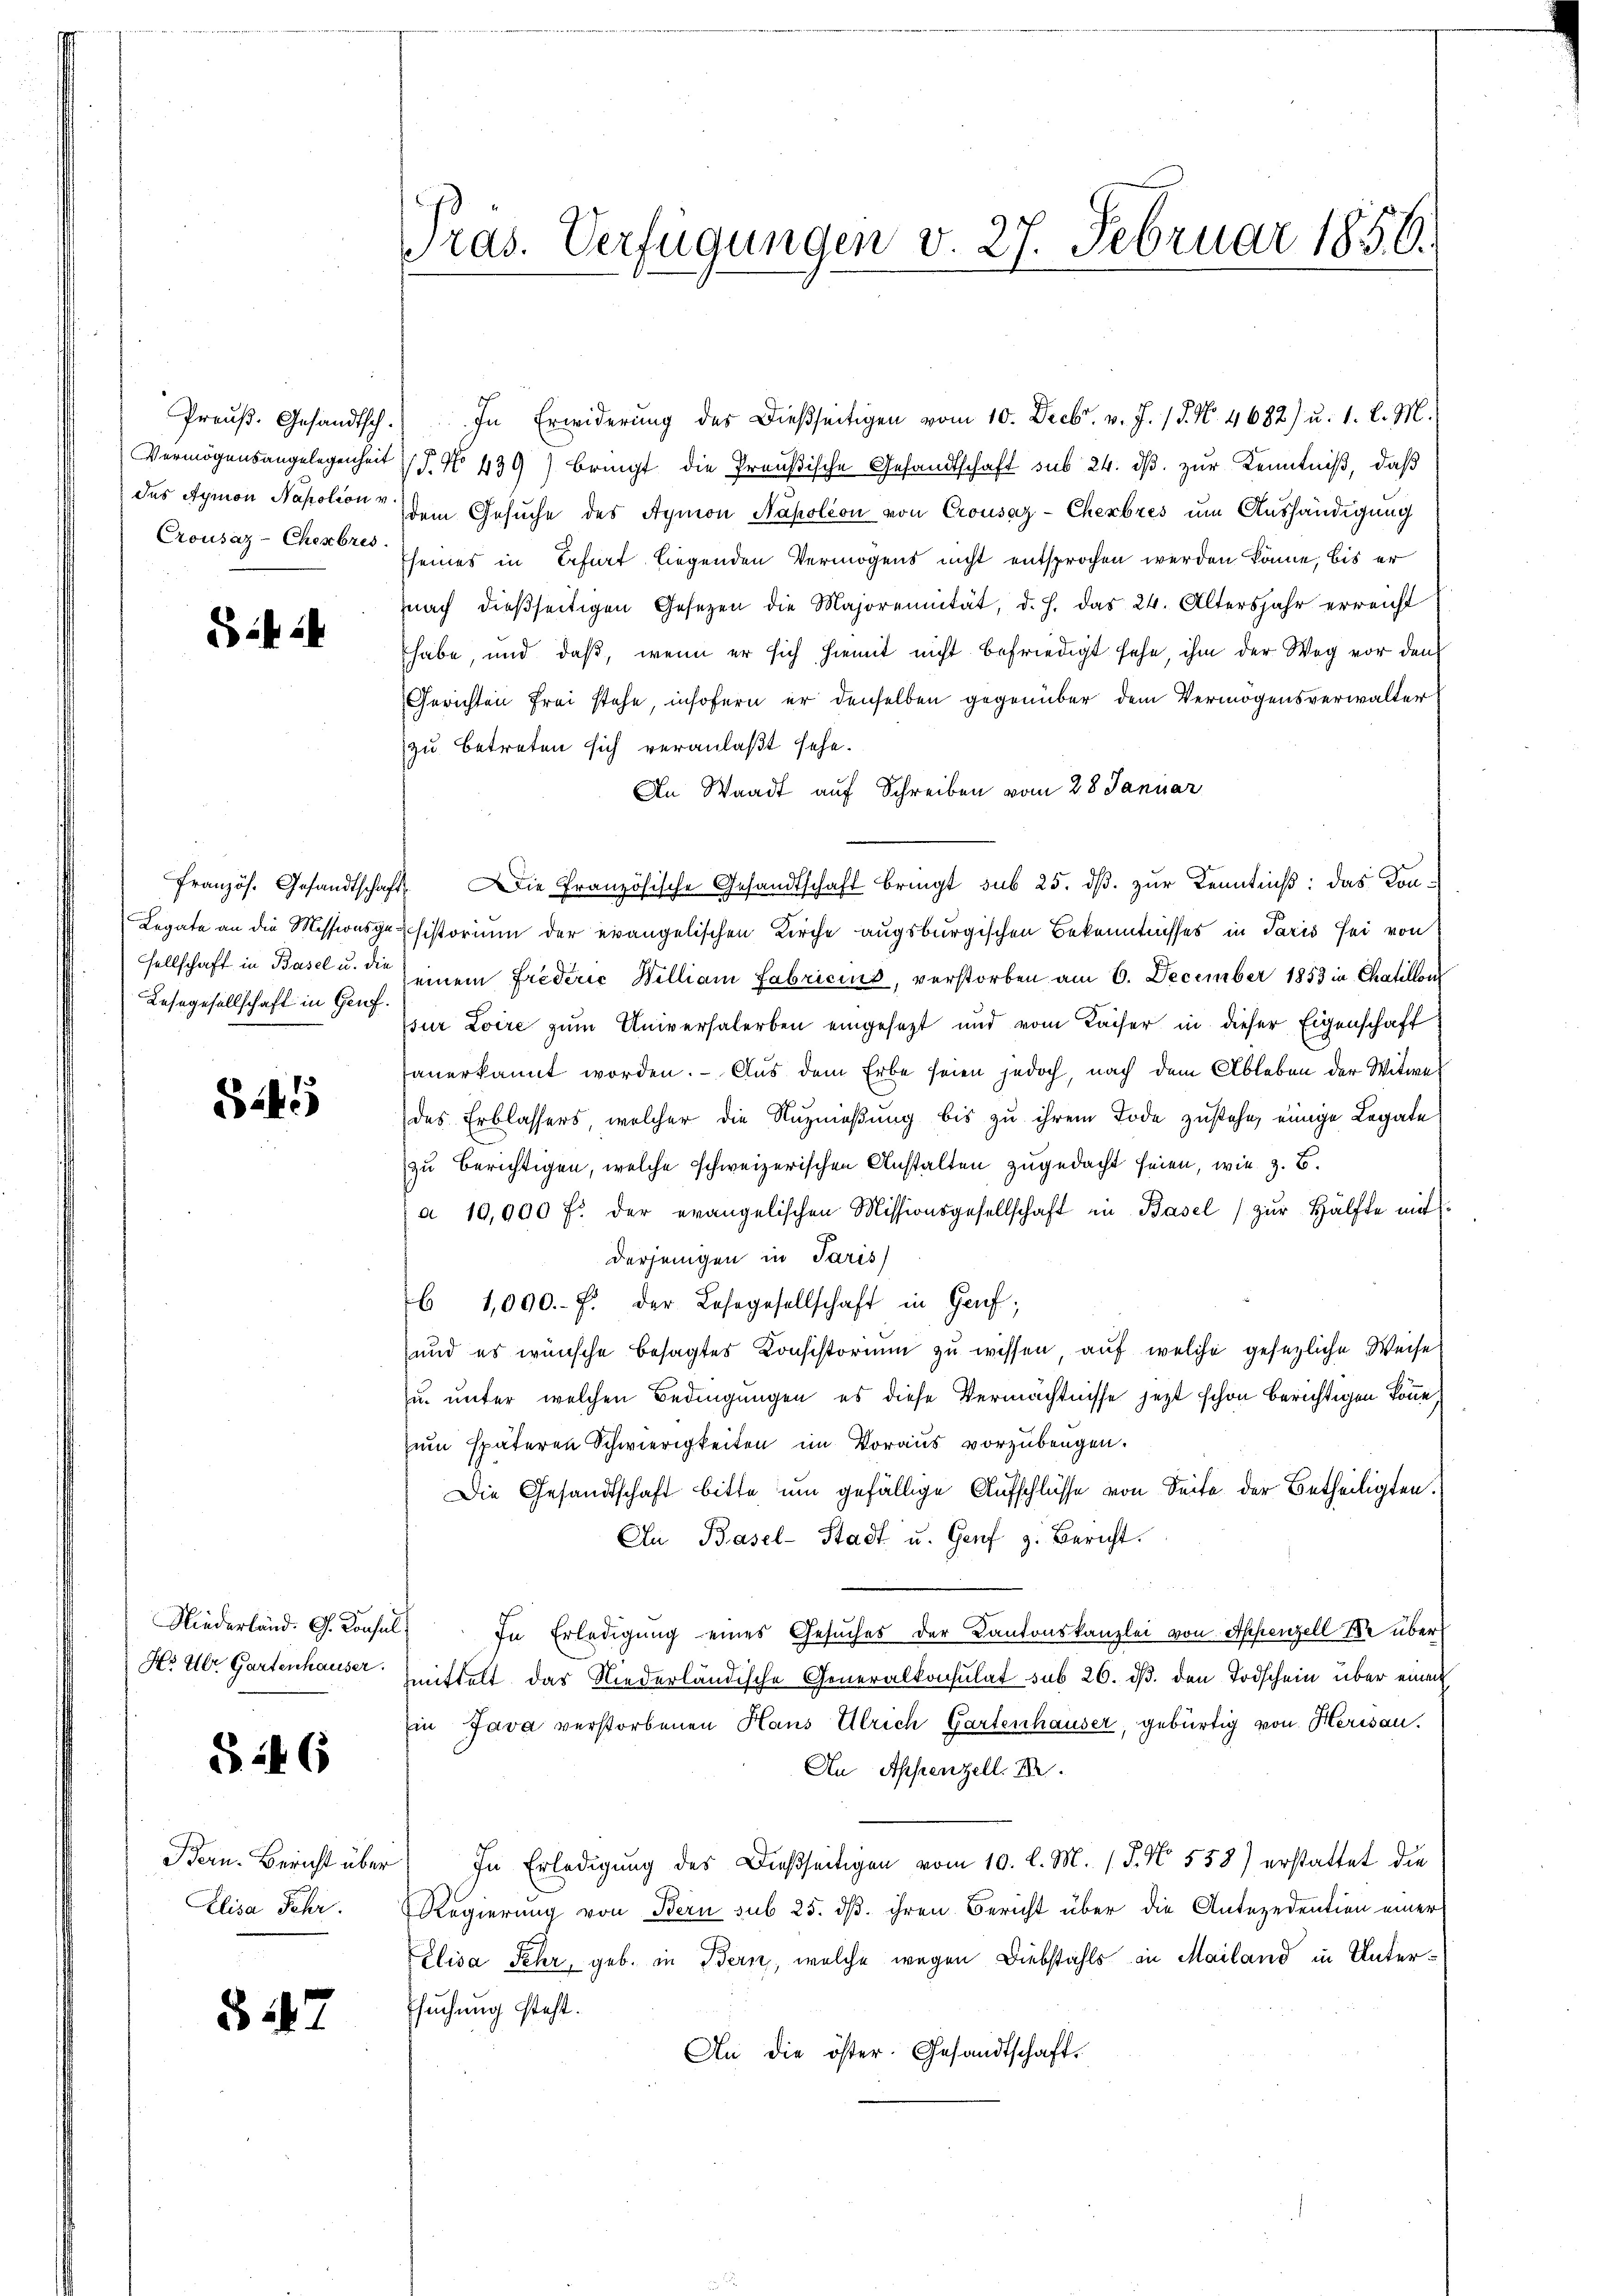
S.424

Lestgesellschaft in Genf.

S.45

Niederländ. G. Konsul

§ 246

Elisa Fehr

§ 47

Preŭβ. Gesandtsch. In Erwiderung des Dießseitigen vom 10. Decbr. v. J. 18. No. 4682) u. 1. l. M.
Vermögensangelegenheit J. No 439) bringt die Preußische Gesandtschaft sub 24. dβ zŭr Kenntniß, daß
des Aymon Napolion dem Gesuche des Aymon Napolion von Crousaz-Cherbres um Aushändigung
Crousaz-Chener seines in Befurt liegenden Vermögens nicht entsprochen werden könne, bis er
nach dießseitigen Gesetzen die Majorennität, d. h. das 24. Altersjahr erreicht
habe, und daß, wenn er sich hiemit nicht befriedigt sehe, ihm der Weg vor den
Gerichten frei stehe, insofern er denselben gegenüber dem Vermögensverwalter
zu betreten sich veranlaßt sehe.
An Waadt auf Schreiben vom 28. Januar
Französ. Gesandtschaft. Die Französische Gesandtschaft bringt sub 25. dβ. zur Kenntniß: das Kon¬
Legate an die Missionsge-historium der evangelischen Kirche augsburgischen Bekenntnisses in Paris sei von
sellschaft in Basel u. die einem Frederić William fabricius, verstorben am 6. December 1853 in Chatillon
sur Loire zum Universalerben eingesezt und vom Kaiser in dieser Eigenschaft
sanerkannt worden. - Aus dem Erbe seien jedoch, nach dem Ableben der Witwe
des Erblassers, welcher die Nuznaßung bis zu ihrem Tode zustehe, einige Legate
zu berichtigen, welche schweizerischen Anstalten zugedacht seien, wie z. B.
a 10,000 f. der evangelischen Missionsgesellschaft in Basel zŭr Hälfte mit
derjenigen in Paris
6 1,000.- F. der Lehngesellschaft in Genf;
und es wünsche besagtes Konsistorium zu wissen, auf welche gesezliche Weise
u. unter welchen Bedingungen, es diese Vermächtnisse jezt schon berichtigen könne,
zum späteren Schwierigkeiten im Voraus vorzubeugen.
Die Gesandtschaft bitte um gefällige Aufschlüsse von Seite der Betheiligten.
An Basel-Stadt u. Genf z. Bericht.
In Erledigung eines Gesuches der Kantonskanzlei von Appenzell Se über
Ns der Gartenhauser mittelt das Niederländische Generalkonsulat sub 26. ds. den Todschein über einen
Ein Java verstorbenen Haus Ulrich Gartenhauser, gebürtig von Herisau,
An Appenzell. Dr.
Bern. Bericht über In Erledigŭng des Dießseitigen vom 10. l. M. (T. N. 558) erstattet die
Regierung von Bern sub 25. dß. ihren Bericht über die Antezedention einer
Elisa Fehr, geb. in Bern, welche wegen Diebstahls in Mailand in Unter¬
Esuchung steht.
An die öster. Gesandtschaft.

ras. Verfügungen v. 27. Februar 1850.